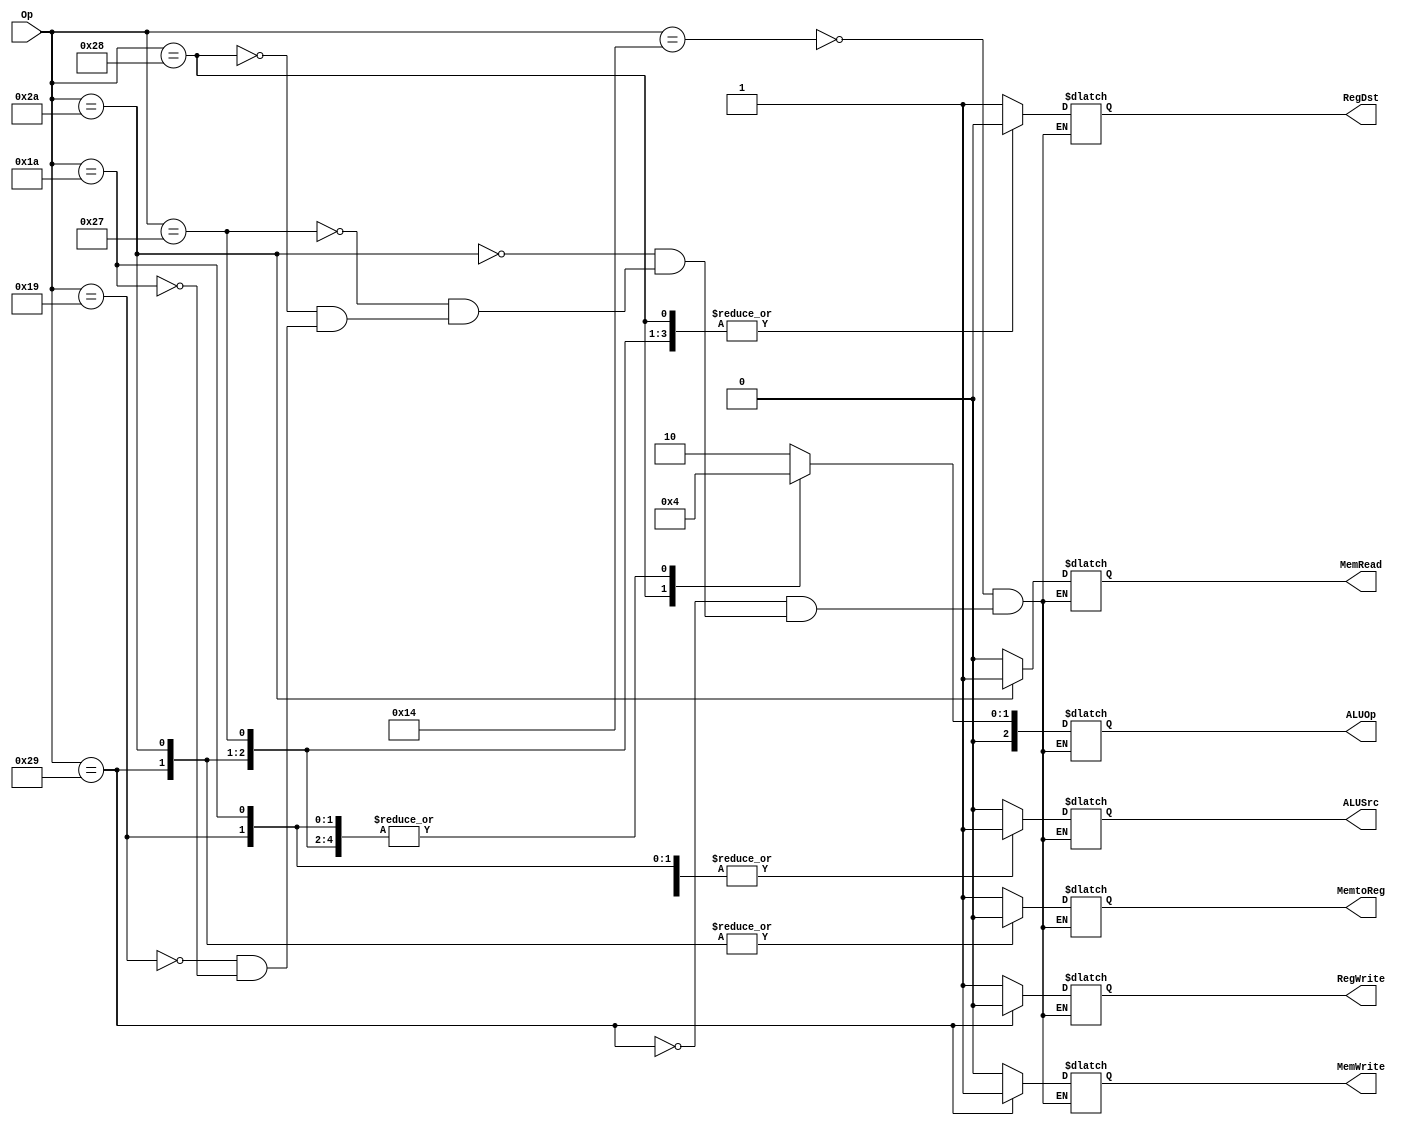

module Control(
Op,
RegDst,
//Jump, //????J-type?????
//Branch, //????J-type?????
MemRead,
MemtoReg,
ALUOp, //output [2:0]
MemWrite,
ALUSrc,
RegWrite);

input [5:0]Op;
output reg RegDst,MemRead,MemtoReg,MemWrite,ALUSrc,RegWrite;
output reg [2:0]ALUOp;

always@(*)
begin
case(Op)
6'd20:		//
begin
RegDst=1;
MemRead=0;
MemtoReg=1;//MUX_dir
ALUOp=2;
MemWrite=0;
ALUSrc=0;
RegWrite=1;
end
6'd41:
begin		//SW
RegDst=0;
MemRead=0;
MemtoReg=0;//MUX_dir
ALUOp=0;
MemWrite=1;
ALUSrc=1;
RegWrite=0;
end
6'd42:		//LW
begin
RegDst=0;
MemRead=1;
MemtoReg=0;//MUX_dir
ALUOp=0;
MemWrite=0;
ALUSrc=1;
RegWrite=1;
end
6'd39:		//Addi
begin
RegDst=0;
MemRead=0;
MemtoReg=1;//MUX_dir
ALUOp=0;
MemWrite=0;
ALUSrc=1;
RegWrite=1;
end
6'd40:		//Subi
begin
RegDst=0;
MemRead=0;
MemtoReg=1;//MUX_dir
ALUOp=1;
MemWrite=0;
ALUSrc=1;
RegWrite=1;
end

6'd25:		//beq no
begin
RegDst=1;
MemRead=0;
MemtoReg=1;//MUX_dir
ALUOp=0;
MemWrite=0;
ALUSrc=1;
RegWrite=1;
end
6'd26:		//j no
begin
RegDst=1;
MemRead=0;
MemtoReg=1;//MUX_dir
ALUOp=0;
MemWrite=0;
ALUSrc=1;
RegWrite=1;
end
default:;

endcase
end
endmodule